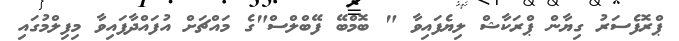
ޕްރޮފެސަރު ގިޔާން ޕްރަކާޝް ލިޔެފައިވާ " ބޮމްބޭ ފޭބްލްސް"ގެ މައްޗަށް އުފައްދާފައިވާ މިފިލްމުގައި